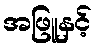
အဖြူနှင့်